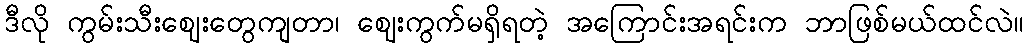
ဒီလို ကွမ်းသီးဈေးတွေကျတာ၊ ဈေးကွက်မရှိရတဲ့ အကြောင်းအရင်းက ဘာဖြစ်မယ်ထင်လဲ။